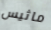
ماثيس